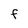
Character: f